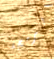
البرمجة